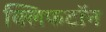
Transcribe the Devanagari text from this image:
क्लिफटॉन